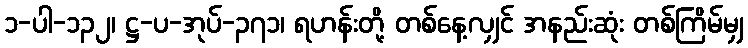
၁-ပါ-၁၃၂၊ ဋ္ဌ-ပ-အုပ်-၃၇၁၊ ရဟန်းတို့ တစ်နေ့လျှင် အနည်းဆုံး တစ်ကြိမ်မျှ